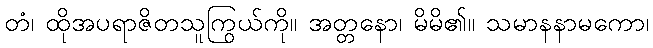
တံ၊ ထိုအပရာဇိတသူကြွယ်ကို။ အတ္တနော၊ မိမိ၏။ သမာနနာမကော၊